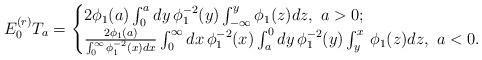
LaTeX: \begin{align*}E_0^{(r)}T_a=\begin{cases}2\phi_1(a)\int_0^ady\thinspace\phi_1^{-2}(y)\int_{-\infty}^y\phi_1(z)dz,\ a>0;\\\frac{2\phi_1(a)}{\int_0^{\infty}\phi_1^{-2}(x)dx}\int_0^{\infty}dx\thinspace\phi_1^{-2}(x)\int_a^0dy\thinspace\phi_1^{-2}(y)\int_y^x\thinspace\phi_1(z)dz,\ a<0.\end{cases}\end{align*}